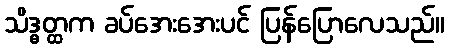
သိဒ္ဓတ္ထက ခပ်အေးအေးပင် ပြန်ပြောလေသည်။